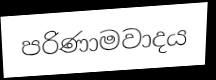
පරිණාමවාදය